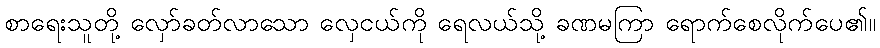
စာရေးသူတို့ လှော်ခတ်လာသော လှေငယ်ကို ရေလယ်သို့ ခဏမကြာ ရောက်စေလိုက်ပေ၏။